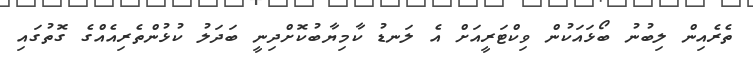
ތެރެއިން ލިބުނު ބޯޅައަކުން ވިކްޓަރީއަށް އެ ލަނޑު ކާމިޔާބުކޮށްދިނީ ބަދަލު ކުޅުންތެރިއެއްގެ ގޮތުގައި